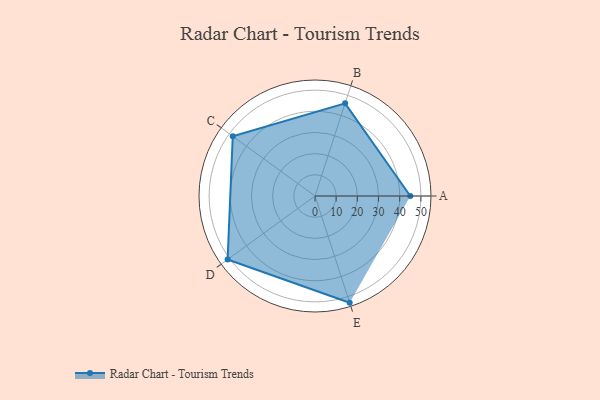
{"axis": {"x": "Skill", "y": "Score"}, "legend": ["Profile"], "data": [{"x": "A", "y": 45.0, "type": "Profile"}, {"x": "B", "y": 46.0, "type": "Profile"}, {"x": "C", "y": 48.0, "type": "Profile"}, {"x": "D", "y": 51.0, "type": "Profile"}, {"x": "E", "y": 53.0, "type": "Profile"}]}